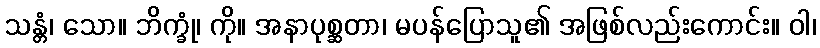
သန္တံ၊ သော။ ဘိက္ခုံ၊ ကို။ အနာပုစ္ဆတာ၊ မပန်ပြောသူ၏ အဖြစ်လည်းကောင်း။ ဝါ၊